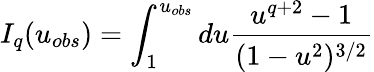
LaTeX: I_{q}(u_{obs})=\int_{1}^{u_{obs}}du\frac{u^{q+2}-1}{(1-u^{2})^{3/2}}